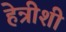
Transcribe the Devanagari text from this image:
हेन्रीशी